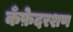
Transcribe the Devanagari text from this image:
कँफ़ेदरशण